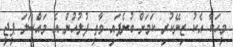
މީހަކާ އެކު ޒިނޭކުރި ކަމަށް ބުނެފައި ވާތީ ފުލުހުން އެ މައްސަލަ ޕީޖީ